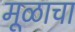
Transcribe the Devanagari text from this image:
मूळाचा